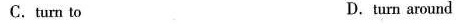
C.turn to D.turn around